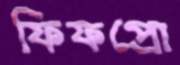
ফিফপ্রো